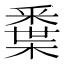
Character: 𨤘